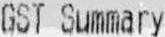
GST SUMMARY